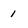
Character: 1